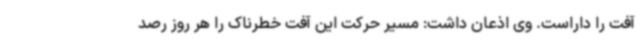
آفت را داراست. وی اذعان داشت: مسیر حرکت این آفت خطرناک را هر روز رصد